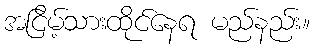
အငြိမ့်သားထိုင်နေရ မည်နည်း။